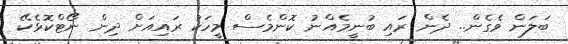
ބަލަން ވެގެން.. ދެން ރައި ބުނީމެއްނު ކޮންމެސް މީހަކު ރައިއަށް ދިން ނޯޓްކޮޅެކޭ